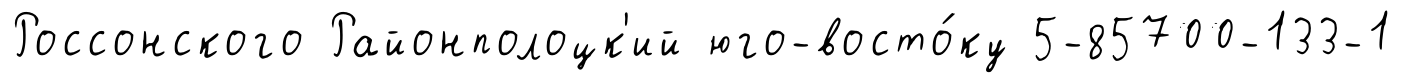
Россонского Районполоцк'ий юго-восто́ку 5-85700-133-1